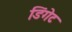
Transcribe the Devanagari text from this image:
डिंगेट